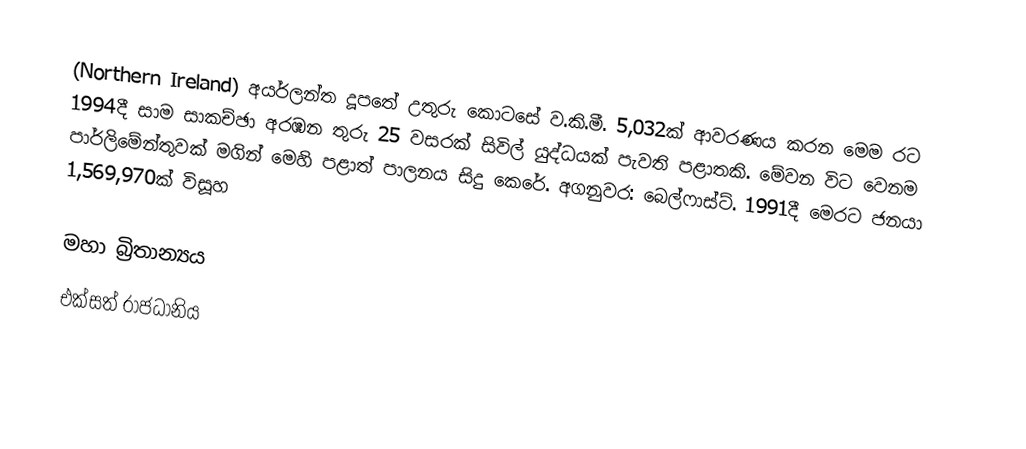
(Northern Ireland) අයර්ලන්ත දූපතේ උතුරු කොටසේ ව.කි.මී. 5,032ක් ආවරණය කරන මෙම රට 1994දී සාම සාකච්ඡා අරඹන තුරු 25 වසරක් සිවිල් යුද්ධයක් පැවති පළාතකි. මේවන විට වෙනම පාර්ලිමේන්තුවක් මගින් මෙහි පළාත් පාලනය සිදු කෙරේ. අගනුවර: බෙල්ෆාස්ට්. 1991දී මෙරට ජනයා 1,569,970ක් විසූහ

මහා බ්‍රිතාන්‍යය
එක්සත් රාජධානිය